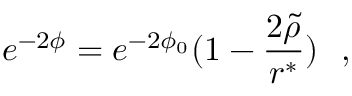
e ^ { - 2 \phi } = e ^ { - 2 \phi _ { 0 } } ( 1 - \frac { 2 \tilde { \rho } } { r ^ { \ast } } ) ~ ~ ,